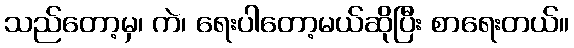
သည်တော့မှ၊ ကဲ၊ ရေးပါတော့မယ်ဆိုပြီး စာရေးတယ်။